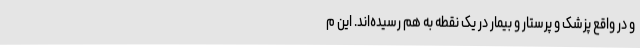
و در واقع پزشک و پرستار و بیمار در یک نقطه به هم رسیده‌اند. این م